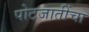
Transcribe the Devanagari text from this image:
पोटजातींचा